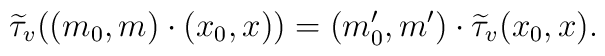
\widetilde{\tau}_v ( (m_0,m) \cdot (x_0,x))	=	(m_0',m') \cdot \widetilde{\tau}_v (x_0,x ).